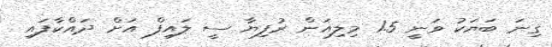
ގިނަ ބަޔަކު ވަނީ 1.5 މިލިއަން ރުފިޔާ ސީ ލައިފް އަށް ދައްކާފައި